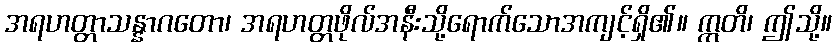
အရဟတ္တာသန္နာဂတော၊ အရဟတ္တဖိုလ်အနီးသို့ရောက်သောအကျင့်ရှိ၏။ ဣတိ၊ ဤသို့။